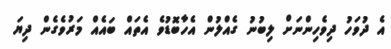
އެ ދުވަހު ދިވެހިންނަށް ލިބުނު ގެއްލުން އެހާބޮޑުވެ އެތައް ބައެއް މަރުވެގެން ދިޔަ